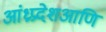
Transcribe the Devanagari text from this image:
आंध्रप्रदेशआणि